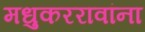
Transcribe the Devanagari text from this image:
मधुकररावांना